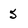
Character: 5